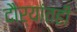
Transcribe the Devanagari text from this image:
दौऱ्यांतही